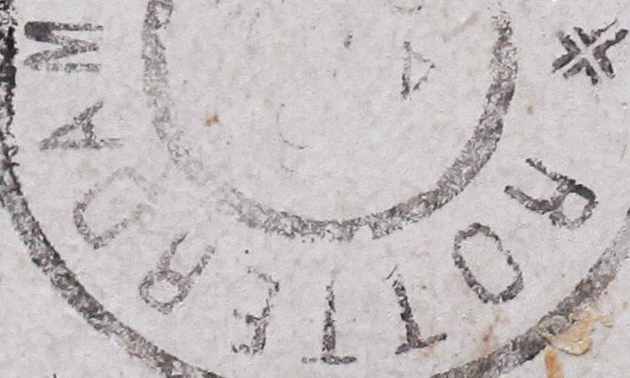
ROTTEBOAM